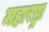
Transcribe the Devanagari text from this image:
महारष्ट्रा